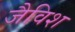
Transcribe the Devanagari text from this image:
जैविश